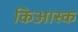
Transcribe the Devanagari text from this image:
किआस्क